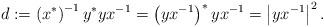
LaTeX: \begin{align*}d:=\left( x^{\ast }\right) ^{-1}y^{\ast }yx^{-1}=\left( yx^{-1}\right)^{\ast }yx^{-1}=\left\vert yx^{-1}\right\vert ^{2}. \end{align*}